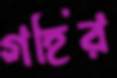
গহির